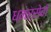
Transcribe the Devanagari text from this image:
धमर्सेवी